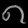
Digit: ၈